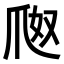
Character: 𤔀